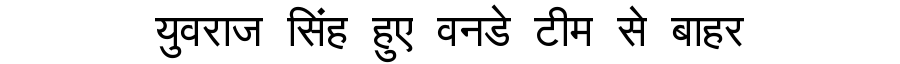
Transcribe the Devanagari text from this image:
युवराज सिंह हुए वनडे टीम से बाहर